Vaccination in the Punjab 1867-1880 - 1867-1880
Year: 1867
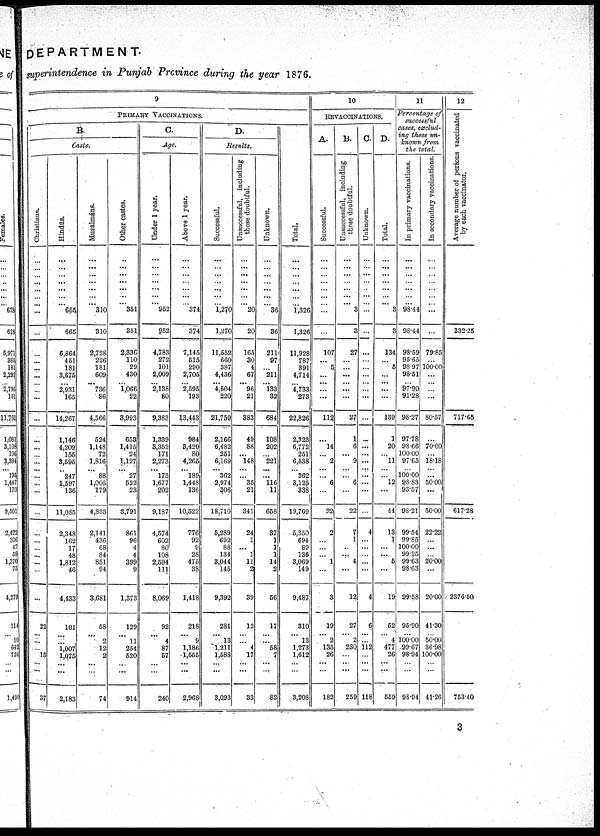
DEPARTMENT.
superintendence in Punjab Province during the year 1876.
9
PRIMARY VACCINATIONS.
B.
Caste.
Christians.
...
...
...
...
...
...
...
...
...
...
...
...
...
...
...
...
...
...
...
...
... ...
...
...
...
...
...
...
...
...
...
...
22
... ...
...
15
...
...
37
Hindús.
...
...
... ...
...
...
... 665
665
6,864
451
181
3,675
...
2,931
165
14,267
1,146
4,209
155
3,595
... 247
1,597
136
11,085
2,348
162
17
48
1,812
46
4,433
101
... ...
1,007
1,075
...
...
2,183
Musalmáns.
...
...
...
...
...
...
... 310
310
2,728
226
181
609
...
736
86
4,566
524
1,148
72
1,816
...
88
1,006
179
4,833
2,141
436
68
84
851
94
3,681
58
...
2
12
2
...
...
74
Other castes.
...
...
... ...
...
...
... 351
351
2,336
110
29
430
...
1,066
22
3,993
653
1,415
24
1,127
...
27
522
23
3,791
861
96
4
4
399
9
1,373
129
...
11
254
520
...
...
914
C.
Age.
Under 1 year.
...
...
... ...
...
...
... 952
952
4,783
272
101
2,009
...
2,138
80
9,383
1,339
3,352
171
2,273
... 173
1,677
202
9,187
4,574
602
80
108
2,594
111
8,069
92
...
4
87
57
...
...
240
Above 1 year.
...
...
... ...
...
...
... 374
374
7,145
515
290
2,705
...
2,595
193
13,443
984
3,420
80
4,265
... 189
1,448
136
10,522
776
92
9
28
475
38
1,418
218
...
9
1,186
1,555
...
...
2,968
D.
Results.
Successful.
...
...
... ...
...
...
... 1,270
1,270
11,552
660
387
4,436
...
4,504
220
21,759
2,166
6,482
251
6,169
... 362
2,974
306
18,710
5,289
692
88
134
3,044
145
9,392
281
...
13
1.211
1,588
...
...
3,093
Unsuccessful, including
those doubtful.
...
...
...
...
...
...
... 20
20
165
30
4
67
...
96
21
383
49
88
...
148
... ... 35
21
341
24
1
...
1
11
2
39
12
... ...
4
17
...
...
33
Unknown.
...
...
...
...
...
...
... 36
36
211
97
...
211
...
133
32
684
108
202
... 221
...
... 116
11
658
37
1
1
1
14
2
56
17
... ...
58
7
...
...
82
Total.
...
...
...
... ...
...
... 1,326
1,326
11,928
787
391
4,714
... 4,733
273
22,826
2,323
6,772
251
6,538
... 362
3,125
338
19,709
5,350
694
89
136
3,069
149
9,487
310
...
13
1,273
1,612
...
...
3,208
10
REVACCINATIONS.
A.
Successful.
...
...
... ...
...
...
...
...
...
107
...
5
...
...
...
...
112
14
... 2
... ... 6
...
22
2
...
...
...
1
...
3
19
... 2
135
26
...
...
182
B.
Unsuccessful, including
those doubtful.
...
...
...
...
...
...
... 3
3
27
...
...
...
...
,„
...
27
1
6
... 9
... ... 6
...
22
7
1
...
...
4
...
12
27
... 2
230
...
...
...
259
C.
Unknown.
...
...
...
...
...
...
...
...
...
...
...
...
...
...
...
...
...
...
...
...
...
... ...
...
...
4
...
...
...
...
4
6
... ...
112
...
...
...
118
D.
Total.
...
...
...
...
...
...
... 3
3
134
...
5
...
...
...
...
139
1
20
11
...
12
44
13
1
...
...
5
...
19
52
... 4
477
26
...
...
559
11
Percentage of
successful
cases, exclud-
ing those un-
known from
the total.
In primary vaccinations.
In secondary vaccinations.
...
...
...
...
...
... 98.44
98.44
98.59
95.65
98.97
98.51
...
97.90
91.28
98.27
97.78
98.66
100.00
97.65
... 100.00
98.83
93.57
98.21
99.54
99.85
100.00
99.25
99.63
98.63
99.58
95.90
... 100.00
99.67
98.94
...
...
98.94
...
...
...
...
...
...
... ...
...
79.85
...
100.00
...
...
...
...
80.57
...
70.00
18.18
... ...
50.00
...
50.00
22.22
...
...
...
20.00
...
20.00
41.30
... 50.00
36.98
100.00
...
...
41.26
12
Average number of persons vaccinated
by each vaccinator.
...
...
...
...
...
...
...
...
332.25
...
...
...
...
...
...
...
717.65
...
...
...
...
... ...
...
...
617.28
...
...
...
...
...
...
2376.50
...
... ...
...
...
...
...
753.40
3